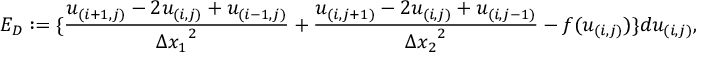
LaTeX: E _ { D } : = \{ \frac { u _ { ( i + 1 , j ) } - 2 u _ { ( i , j ) } + u _ { ( i - 1 , j ) } } { { \Delta x _ { 1 } } ^ { 2 } } + \frac { u _ { ( i , j + 1 ) } - 2 u _ { ( i , j ) } + u _ { ( i , j - 1 ) } } { { \Delta x _ { 2 } } ^ { 2 } } - f ( u _ { ( i , j ) } ) \} d u _ { ( i , j ) } ,